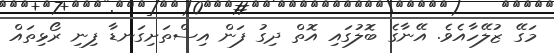
މަގޭ ޒުލޭހާއެވެ. އޭނާގެ ބޮލުގައި އޮތް ދިގު ފަން އިސްތަށިގަނޑާ ފިނި ރޯޅިތައް